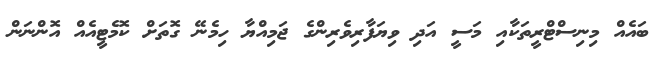
ބައެއް މިނިސްޓްރީތަކާއި މަސީ އަދި ވިޔަފާރިވެރިންގެ ޖަމިއްޔާ ހިމެނޭ ގޮތަށް ކޮމެޓީއެއް އޮންނަން